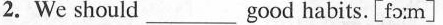
2.We should ___ good habits. [fo:m]